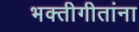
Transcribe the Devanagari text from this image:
भक्तीगीतांना